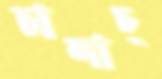
চালাচ্